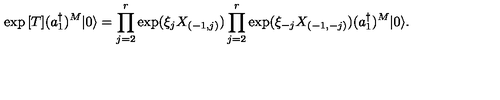
\exp { [ T ] } ( a _ { 1 } ^ { \dagger } ) ^ { M } | 0 \rangle = \prod _ { j = 2 } ^ { r } \exp ( \xi _ { j } X _ { ( - 1 , j ) } ) \prod _ { j = 2 } ^ { r } \exp ( \xi _ { - j } X _ { ( - 1 , - j ) } ) ( a _ { 1 } ^ { \dagger } ) ^ { M } | 0 \rangle .